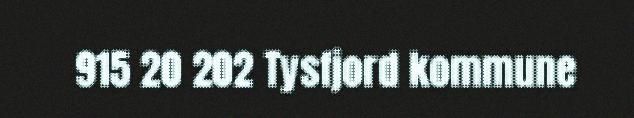
915 20 202 Tysfjord kommune